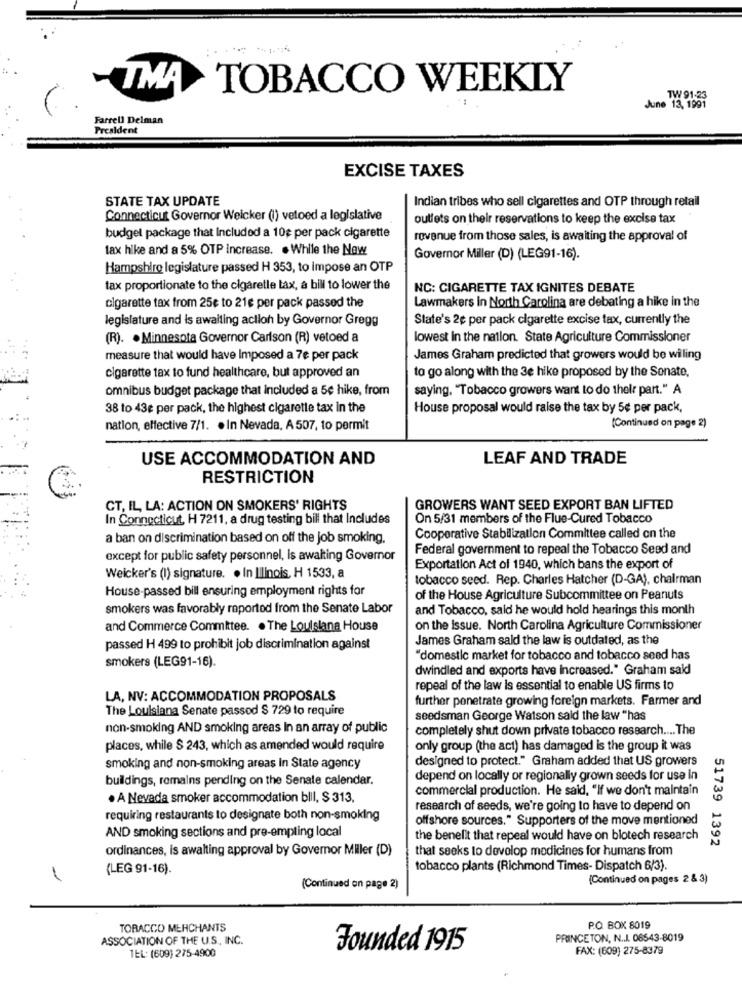
TMA
TOBACCO WEEKLY
TW 91-23
June 13, 1991
Farrell Delman
President
EXCISE TAXES
STATE TAX UPDATE
Indian tribes who sell cigarettes and OTP through retail
Connecticut Governor Weicker (I) vetoed a legislative
outlets on their reservations to keep the excise tax
budget package that Included a 10g per pack cigarette
revenue from those sales, is awaiting the approval of
fax hike and a 5% OTP increase. . While the New
Governor Miller (D) (LEG91-16).
Hampshire legislature passed H 353, to impose an OTP
tax proportionate to the cigaretle tax, a bill to lower the
NC: CIGARETTE TAX IGNITES DEBATE
cigarette tax from 25¢ to 21e per pack passed the
Lawmakers In North Carolina are debating a hike in the
legislature and is awaiting action by Governor Gregg
State's 2e per pack cigarette excise tax, currently the
(R). · Minnesota Governor Carlson (R) vetoed a
lowest In the nation. State Agriculture Commissioner
measure that would have Imposed a 7e per pack
James Graham predicted that growers would be willing
cigarette tax to fund healthcare, but approved an
to go along with the 3e hike proposed by the Sonate,
omnibus budget package that included a 5e hike, from
saying, "Tobacco growers want to do their part." A
38 to 43e per pack, the highest cigarette tax in the
House proposal would raise the tax by 5¢ per pack,
nation, effective 7/1. . In Nevada, A 507, to permit
(Continued on page 2)
USE ACCOMMODATION AND
LEAF AND TRADE
RESTRICTION
CT, IL, LA: ACTION ON SMOKERS' RIGHTS
GROWERS WANT SEED EXPORT BAN LIFTED
In Connecticut, H 7211, a drug testing bill that Includes
On 5/31 members of the Flue-Cured Tobacco
a ban on discrimination based on off the job smoking.
Cooperative Stabilization Committee called on the
Federal government to repeal the Tobacco Seed and
except for public safety personnel, Is awaiting Governor
Exportation Act of 1940, which bans the export of
Weicker's (I) signature. . In Illinois, H 1533, a
tobacco seed. Rep. Charles Hatcher (D-GA), chairman
House-passed bill ensuring employment rights for
of the House Agriculture Subcommittee on Peanuts
smokers was favorably reportod from the Senate Labor
and Tobacco, said he would hold hearings this month
and Commerce Committee. . The Louisiana House
on the issue. North Carolina Agriculture Commissioner
James Graham sald the law is outdated, as the
passed H 499 to prohibit job discrimination against
"domestic market for tobacco and tobacco seed has
smokers (LEG91-16).
dwindled and exports have Increased." Graham said
repeal of the law is essential to enable US firms to
LA, NV: ACCOMMODATION PROPOSALS
further penetrate growing foreign markets. Farmer and
The Louisiana Senate passod $ 729 to require
seedsman George Watson said the law "has
non-smoking AND smoking areas In an array of public
completely shut down private tobacco research .... The
places, while $ 243, which as amended would require
only group (the act) has damaged is the group it was
designed to protect." Graham added that US growers
smoking and non-smoking areas In State agency
buildings, remains pending on the Senate calendar.
depend on locally or regionally grown seeds for use in
commercial production. He said, "If we don't maintain
· A Nevada smoker accommodation bill, $ 313.
research of seeds, we're going to have to depend on
requiring restaurants to designate both non-smoking
offshore sources." Supporters of the move mentioned
AND smoking sections and pre-empting local
the benefit that repeal would have on blotech research
51739 1392
ordinances, is awaiting approval by Governor Miller (D)
that seeks to develop medicines for humans from
(LEG 91-16).
tobacco plants (Richmond Times- Dispatch 6/3).
(Continued on pages 2 & 3)
(Continued on page 2)
TOBACCO MERCHANTS
P.O. BOX 8019
ASSOCIATION OF THE U.S, INC.
PRINCETON, N.J. 06543-8019
TEL: (609) 275-4900
Founded 1915
FAX: (609) 275-8379